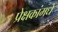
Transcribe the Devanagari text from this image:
प्रेक्षकांमधे